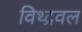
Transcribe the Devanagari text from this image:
विथ्द्रवल